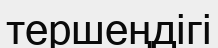
тершеңдігі